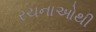
રચનાઓથી